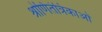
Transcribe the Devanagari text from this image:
श्रोणितंत्रिकाओं